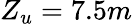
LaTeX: Z_{u}=7.5m